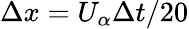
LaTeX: \Delta x=U_{\alpha}\Delta t/20